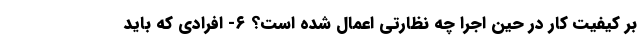
بر کیفیت کار در حین اجرا چه نظارتی اعمال شده است؟ ۶- افرادی که باید